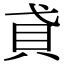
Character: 貣